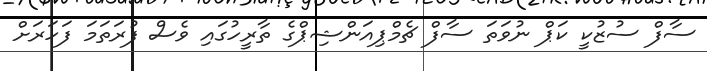
ސާފް ސުޒުކީ ކަޕް ނުވަތަ ސާފް ޗެމްޕިއަންޝިޕްގެ ތާރީހުގައި ވެސް ފުރަތަމަ ފަހަރަށް